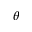
\theta